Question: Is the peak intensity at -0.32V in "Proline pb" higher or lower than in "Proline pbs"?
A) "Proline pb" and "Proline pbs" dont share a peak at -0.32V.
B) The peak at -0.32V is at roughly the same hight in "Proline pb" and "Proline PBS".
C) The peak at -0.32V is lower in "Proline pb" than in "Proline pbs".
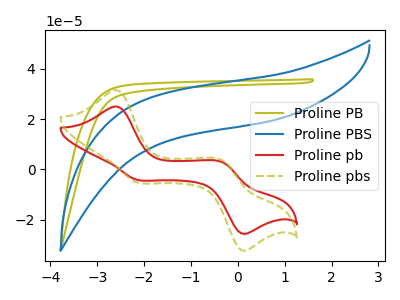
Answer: <think>The olive curve "Proline PB" has no peaks. The blue curve "Proline PBS" has no peaks. The red curve "Proline pb" has anodic peaks at (-2.60V, 25.00uA) (-0.30V, 2.85uA) and cathodic peaks at (-2.15V, -4.05uA) (0.05V, -25.40uA). The olive dashed curve "Proline pbs" has anodic peaks at (-2.60V, 31.55uA) (-0.30V, 3.60uA) and cathodic peaks at (-2.15V, -5.10uA) (0.05V, -32.05uA).</think>
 <answer>C) The peak at -0.32V is lower in "Proline pb" than in "Proline pbs".</answer>
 <eval>C</eval>